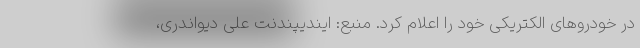
در خودروهای الکتریکی‌ خود را اعلام کرد. منبع: ایندیپندنت علی دیواندری،